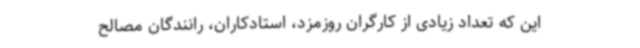
این‌ که تعداد زیادی از کارگران روزمزد، استادکاران، رانندگان مصالح